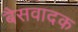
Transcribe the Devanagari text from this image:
बैसवादक